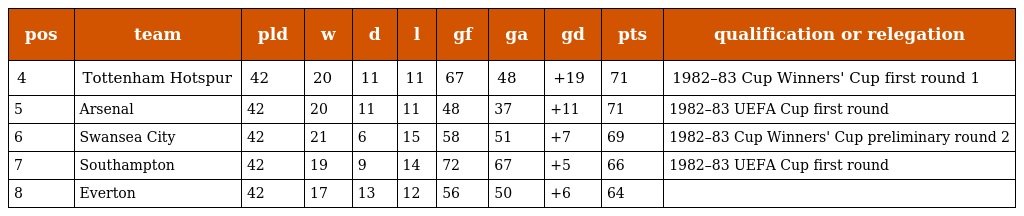
| pos | team | pld | w | d | l | gf | ga | gd | pts | qualification or relegation |
 | --- | --- | --- | --- | --- | --- | --- | --- | --- | --- | --- |
 | 4 | Tottenham Hotspur | 42 | 20 | 11 | 11 | 67 | 48 | +19 | 71 | 1982–83 Cup Winners' Cup first round 1 |
 | 5 | Arsenal | 42 | 20 | 11 | 11 | 48 | 37 | +11 | 71 | 1982–83 UEFA Cup first round |
 | 6 | Swansea City | 42 | 21 | 6 | 15 | 58 | 51 | +7 | 69 | 1982–83 Cup Winners' Cup preliminary round 2 |
 | 7 | Southampton | 42 | 19 | 9 | 14 | 72 | 67 | +5 | 66 | 1982–83 UEFA Cup first round |
 | 8 | Everton | 42 | 17 | 13 | 12 | 56 | 50 | +6 | 64 |  |